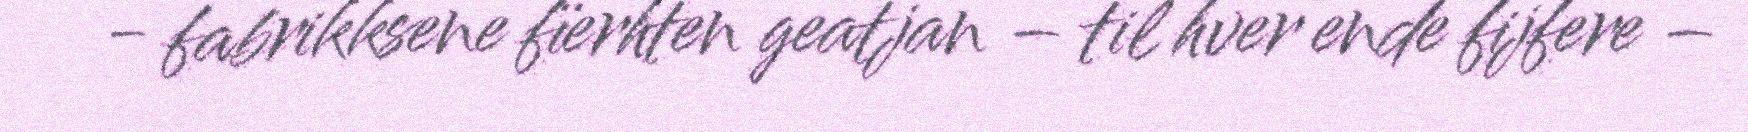
- fabrikksene fïerhten geatjan – til hver ende fijfere –